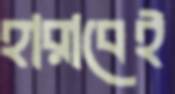
হারাবেই